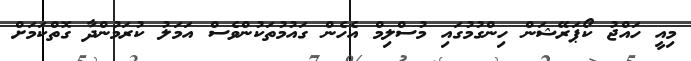
މިއީ ހައްޖު ކޯޕަރޭޝަން ހިންގުމުގައި މުސްލިމް އެހެން ގައުމުތަކުންވެސް އަމަލު ކުރަމުންދާ ގޮތްކަމަށް